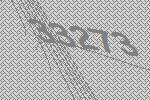
33273